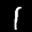
Label: 1